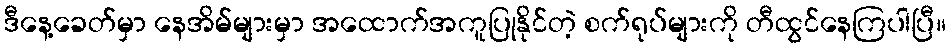
ဒီနေ့ခေတ်မှာ နေအိမ်များမှာ အထောက်အကူပြုနိုင်တဲ့ စက်ရုပ်များကို တီထွင်နေကြပါပြီ။